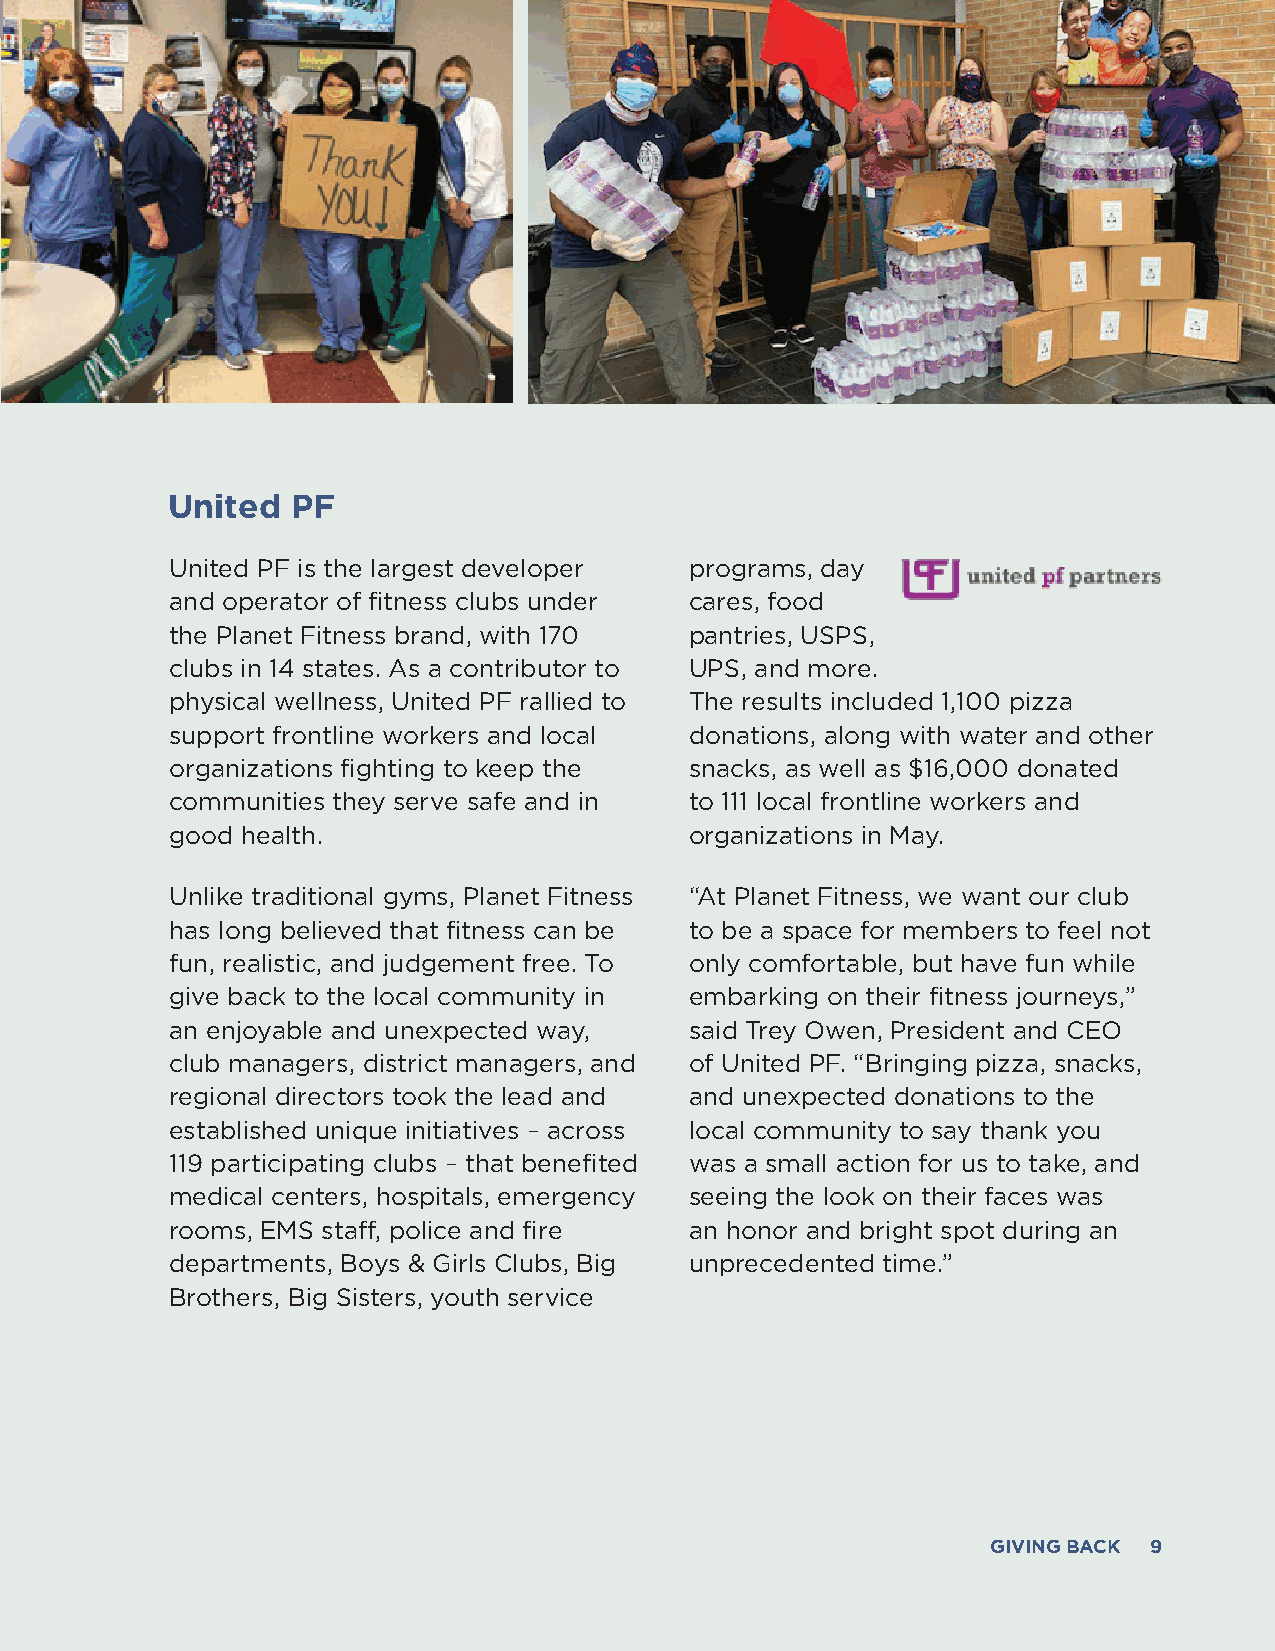
United  PF
 United PF is the largest developer programs, day
 and operator of fitness clubs under cares, food
 the Planet Fitness brand, with 170 pantries, USPS,
 clubs in 14 states. As a contributor to UPS, and more.
 physical wellness, United PF rallied to The results included 1,100 pizza
 support frontline workers and local donations, along with water and other
 organizations fighting to keep the snacks, as well as $16,000 donated
 communities they serve safe and in to 111 local frontline workers and
 good health.                       organizations in May.
 Unlike traditional gyms, Planet Fitness “At Planet Fitness, we want our club
 has long believed that fitness can be to be a space for members to feel not
 fun, realistic, and judgement free. To only comfortable, but have fun while
 give back to the local community in embarking on their fitness journeys,”
 an enjoyable and unexpected way,   said Trey Owen, President and CEO
 club managers, district managers, and of United PF. “Bringing pizza, snacks,
 regional directors took the lead and and unexpected donations to the
 established unique initiatives – across local community to say thank you
 119 participating clubs – that benefited was a small action for us to take, and
 medical centers, hospitals, emergency seeing the look on their faces was
 rooms, EMS staff, police and fire  an honor and bright spot during an
 departments, Boys & Girls Clubs, Big unprecedented time.”
 Brothers, Big Sisters, youth service
 GIVING BACK 9